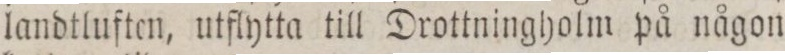
landtluften, utflytta till Drottningholm på någon